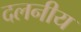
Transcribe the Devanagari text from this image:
दलनीय